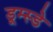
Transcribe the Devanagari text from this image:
डूम्स्डे